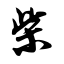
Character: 柴